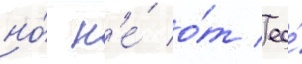
но́ н'е́ о́т ео́